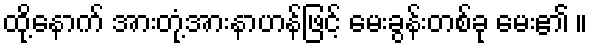
ထို့နောက် အားတုံ့အားနာဟန်ဖြင့် မေးခွန်းတစ်ခု မေး၏ ။